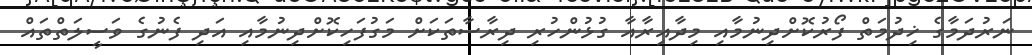
ނަރުދަމާގެ ޚިދުމަތް ފޯރުކޮށްދިނުމާއި މިދާއިރާއާ ގުޅުންހުރި ދިރާސާތަކަށް މަގުފަހިކޮށްދިނުމާއި އަދި ފެނުގެ ވަސީލަތްތައް